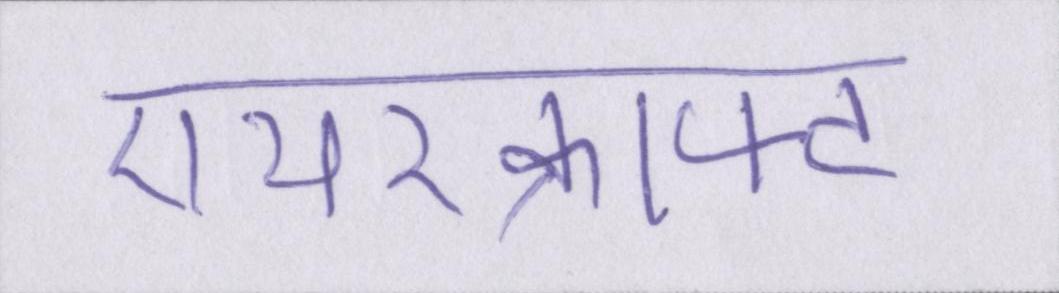
एयरक्राफ्ट